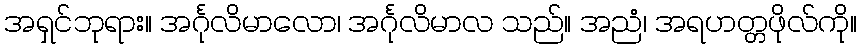
အရှင်ဘုရား။ အင်္ဂုလိမာလော၊ အင်္ဂုလိမာလ သည်။ အညံ၊ အရဟတ္တဖိုလ်ကို။